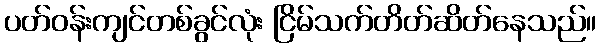
ပတ်ဝန်းကျင်တစ်ခွင်လုံး ငြိမ်သက်တိတ်ဆိတ်နေသည်။